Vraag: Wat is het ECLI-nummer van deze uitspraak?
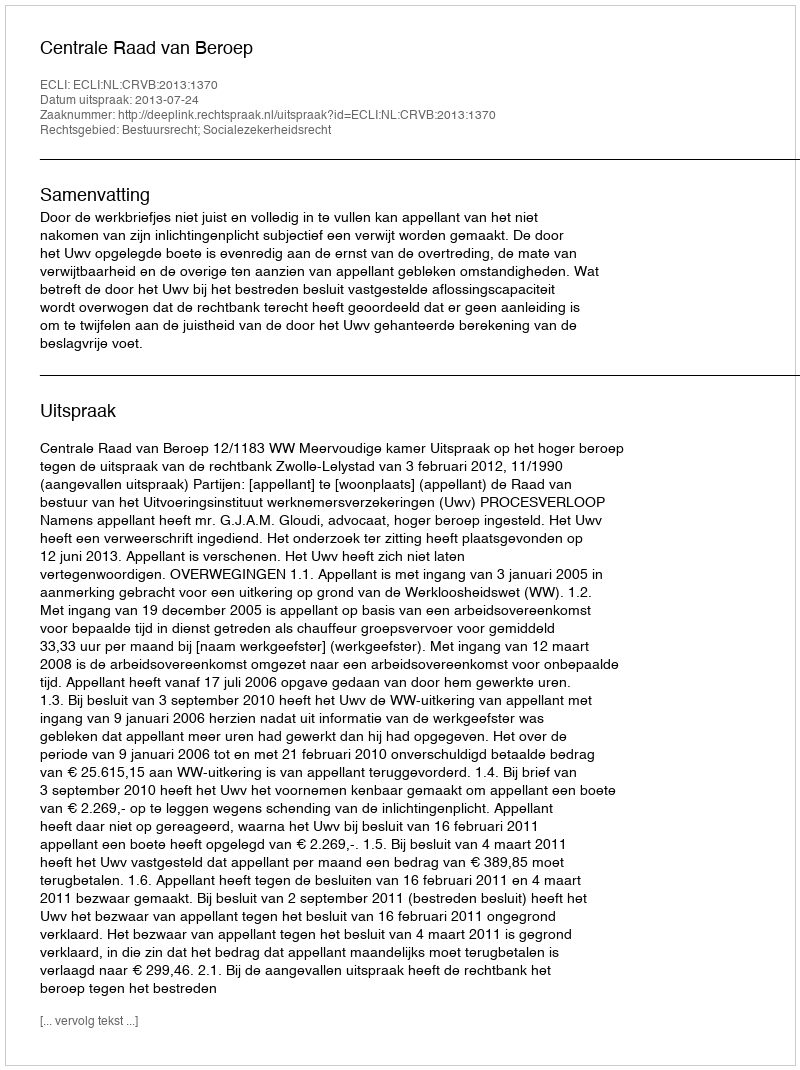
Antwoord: ECLI:NL:CRVB:2013:1370